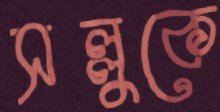
সল্লুকে